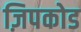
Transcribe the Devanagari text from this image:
ज़िपकोड